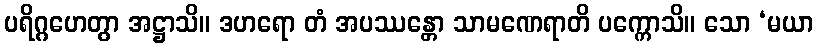
ပရိဂ္ဂဟေတွာ အဋ္ဌာသိ။ ဒဟရော တံ အပဿန္တော သာမဏေရာတိ ပက္ကောသိ။ သော ‘မယာ